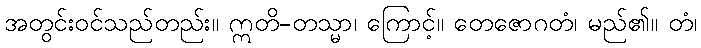
အတွင်းဝင်သည်တည်း။ ဣတိ-တသ္မာ၊ ကြောင့်။ တေဇောဂတံ၊ မည်၏။ တံ၊